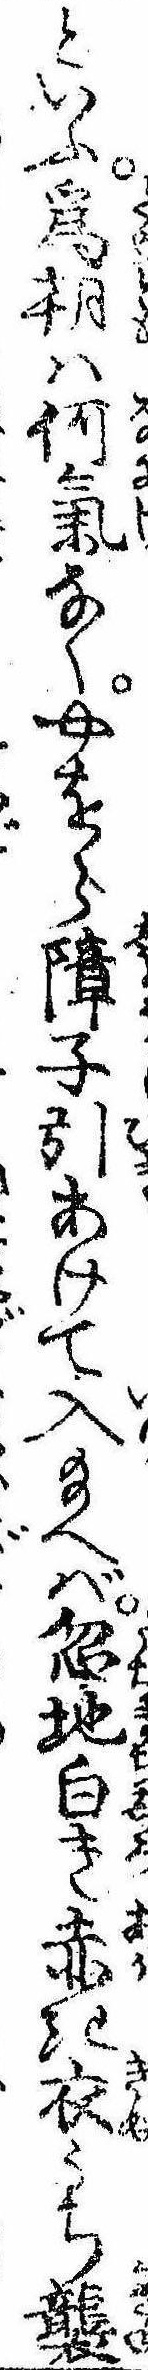
といふ為朝は何気なくやをら障子引あけて入給へば忽地白き赤き衣うち襲